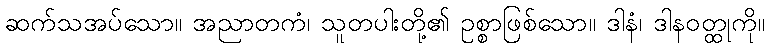
ဆက်သအပ်သော။ အညာတကံ၊ သူတပါးတို့၏ ဥစ္စာဖြစ်သော။ ဒါနံ၊ ဒါနဝတ္ထုကို။